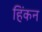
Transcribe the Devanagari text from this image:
हिंकन